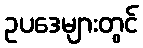
ဥပဒေများတွင်